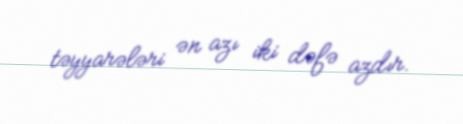
təyyarələri ən azı iki dəfə azdır.